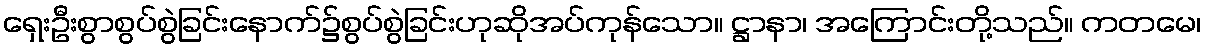
ရှေးဦးစွာစွပ်စွဲခြင်းနောက်၌စွပ်စွဲခြင်းဟုဆိုအပ်ကုန်သော။ ဋ္ဌာနာ၊ အကြောင်းတို့သည်။ ကတမေ၊